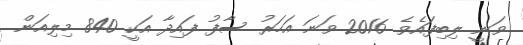
ވަނީ ލިބިފައެވެ. 2016 ވަނަ އަހަރު ސާފު ފައިދާ އަކީ 840 މިލިއަން